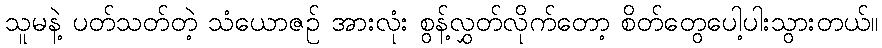
သူမနဲ့ ပတ်သတ်တဲ့ သံယောဇဉ် အားလုံး စွန့်လွှတ်လိုက်တော့ စိတ်တွေပေါ့ပါးသွားတယ်။